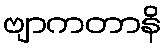
ဗျာကတာနိ